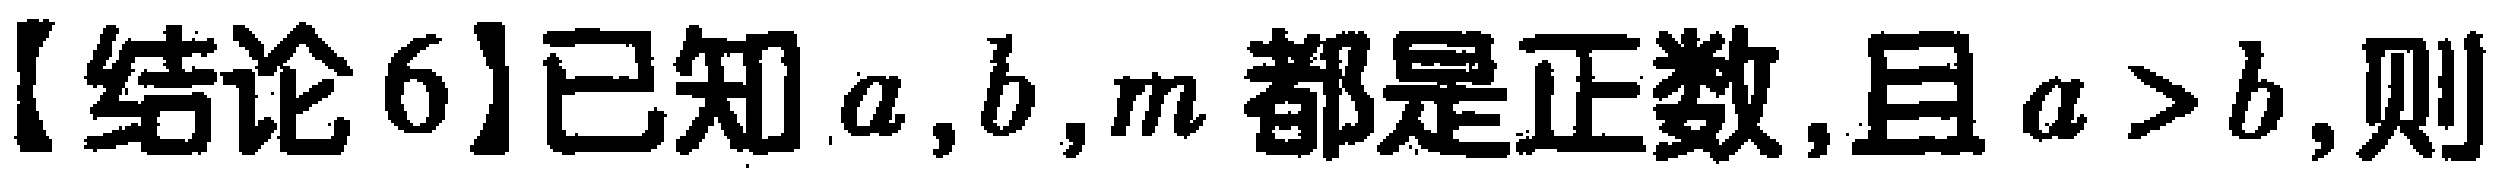
【结论6】已知 \(a,b,m\) 都是正数,且 \(a > b\),则